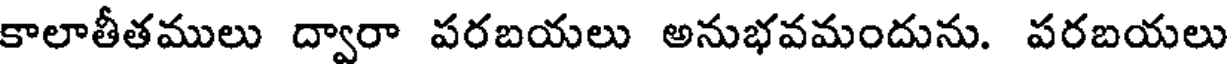
కాలాతీతములు ద్వారా పరబయలు అనుభవమందును. పరబయలు